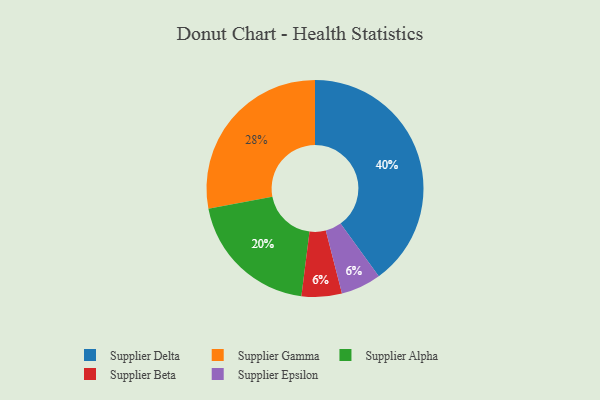
{"axis": {"x": "Category", "y": "Percentage"}, "legend": ["Supplier Alpha", "Supplier Beta", "Supplier Delta", "Supplier Epsilon", "Supplier Gamma"], "data": [{"x": "Supplier Gamma", "y": 28, "type": "Supplier Gamma"}, {"x": "Supplier Beta", "y": 6, "type": "Supplier Beta"}, {"x": "Supplier Epsilon", "y": 6, "type": "Supplier Epsilon"}, {"x": "Supplier Delta", "y": 40, "type": "Supplier Delta"}, {"x": "Supplier Alpha", "y": 20, "type": "Supplier Alpha"}]}